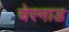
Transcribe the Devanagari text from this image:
चेरनाड